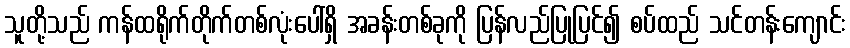
သူတို့သည် ကန်ထရိုက်တိုက်တစ်လုံးပေါ်ရှိ အခန်းတစ်ခုကို ပြန်လည်ပြုပြင်၍ စပ်ထည် သင်တန်းကျောင်း